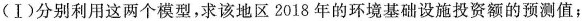
(Ⅰ)分别利用这两个模型，求该地区2018年的环境基础设施投资额的预测值；